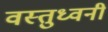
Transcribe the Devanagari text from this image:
वस्तुध्वनी